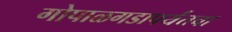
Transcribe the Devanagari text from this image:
गोपाळगडापर्यंतचा